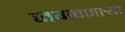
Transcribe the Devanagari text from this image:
जगवणार्‍या